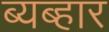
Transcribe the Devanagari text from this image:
ब्यब्हार